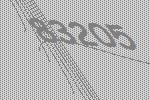
83205